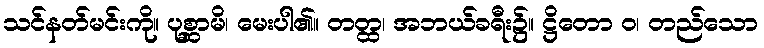
သင်နတ်မင်းကို။ ပုစ္ဆာမိ၊ မေးပါ၏။ တတ္ထ၊ အဘယ်ခရီး၌။ ဋ္ဌိတော ဝ၊ တည်သော